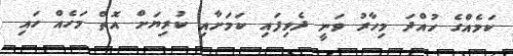
ކަމެއްގެ ހުއްދަ މިހާރު ވަނީ ދެވިފައި ކަމަށާއި ކުރިޔަށް އޮތް މަހެއް ހައި